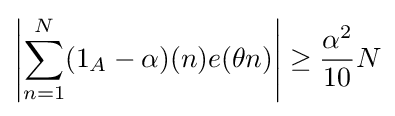
\left|\sum _{n=1}^{N}(1_{A}-\alpha )(n)e(\theta n)\right|\geq {\frac {\alpha ^{2}}{10}}N